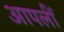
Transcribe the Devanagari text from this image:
आपलीं